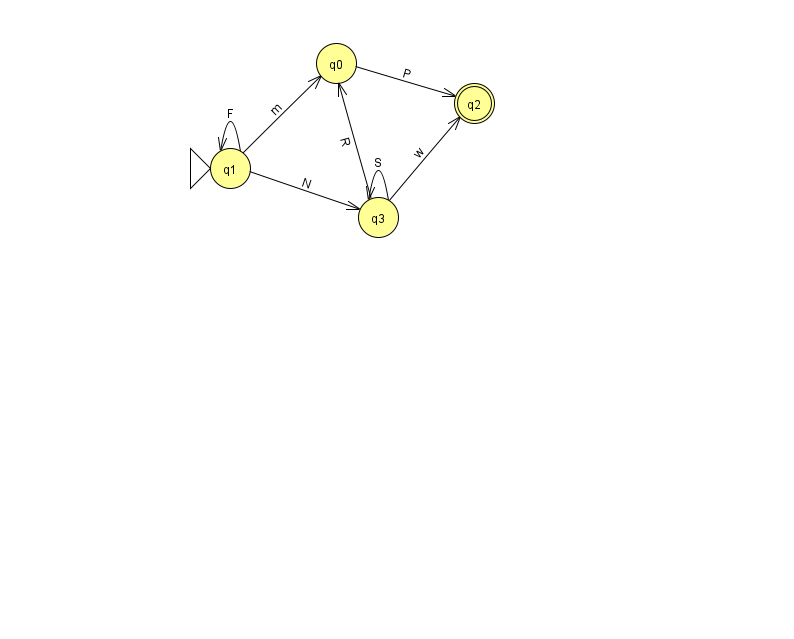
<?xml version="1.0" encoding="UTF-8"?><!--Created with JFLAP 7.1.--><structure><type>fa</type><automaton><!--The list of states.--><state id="0" name="q0"><x>336.0</x><y>50.0</y></state><state id="1" name="q1"><x>230.0</x><y>155.0</y><initial/></state><state id="2" name="q2"><x>474.0</x><y>90.0</y><final/></state><state id="3" name="q3"><x>378.0</x><y>204.0</y></state><!--The list of transitions.--><transition><from>3</from><to>2</to><read>w</read></transition><transition><from>0</from><to>2</to><read>P</read></transition><transition><from>1</from><to>3</to><read>N</read></transition><transition><from>3</from><to>3</to><read>S</read></transition><transition><from>1</from><to>0</to><read>m</read></transition><transition><from>1</from><to>1</to><read>F</read></transition><transition><from>3</from><to>0</to><read>R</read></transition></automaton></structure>